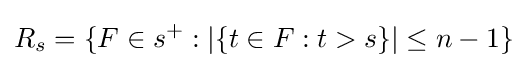
R_{s}=\{F\in s^{+}:|\{t\in F:t>s\}|\leq n-1\}